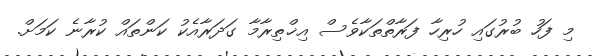
މި ފަހު ބުރުގައި ހުރިހާ ފަރާތްތަކާވެސް އިޚްތިރާމާ ގަދަރާއެކު ކަންތައް ކުރާނެ ކަމަށް.